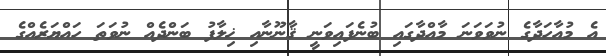
އެ މުއާހަދާގެ ނުވަވަނަ މާއްދާގައި ބުނެފައިވަނީ ޤާނޫނާއި ޚިލާފު ބަންދެއް ނުވަތަ ހައްޔަރެއްގެ